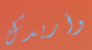
وأريدك